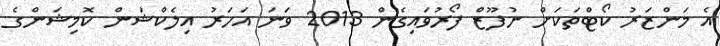
އެ މަންޒަރު ކޯޓްތަކަށް ނުފޫޒް ފޯރުވައިގެން 2013 ވަނަ އަހަރު އިލެކްޝަން ކޮމިޝަންގެ